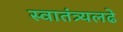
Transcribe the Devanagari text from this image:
स्वातंत्र्यलढे